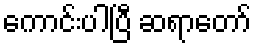
ကောင်းပါပြီ ဆရာတော်